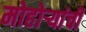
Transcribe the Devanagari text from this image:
मोहोऱ्यांची